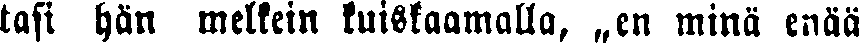
tasi hän melkein kuiskaamalla, „en minä enää